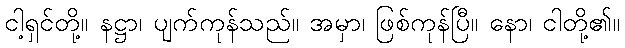
ငါ့ရှင်တို့။ နဋ္ဌာ၊ ပျက်ကုန်သည်။ အမှာ၊ ဖြစ်ကုန်ပြီ။ နော၊ ငါတို့၏။